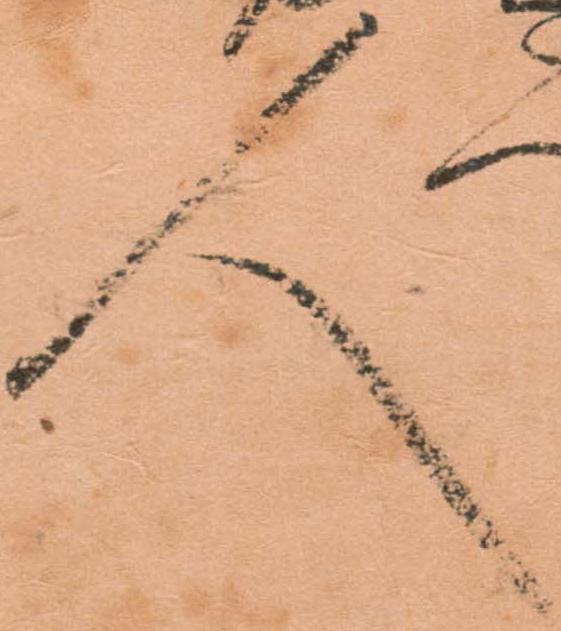
人